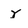
Character: y